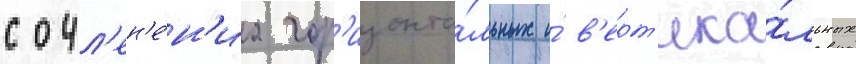
сочл'ен'е́н'иа гор'изонта́льных и́ в'ерт'ика́льных